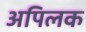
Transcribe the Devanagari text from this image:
अपिलक